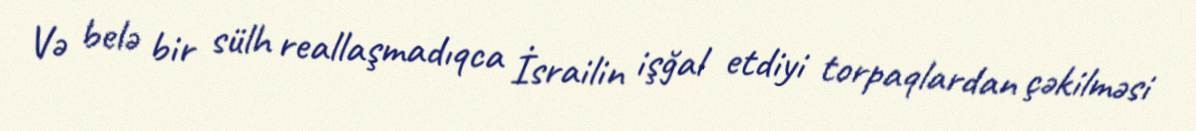
Və belə bir sülh reallaşmadıqca İsrailin işğal etdiyi torpaqlardan çəkilməsi